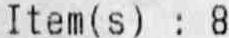
ITEM(S) : 8